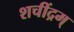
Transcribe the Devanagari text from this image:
शचींद्रम्